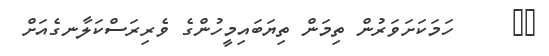
٢٥     ހަމަކަށަވަރުން ތިމަން ތިޔަބައިމީހުންގެ ވެރިރަސްކަލާނގެއަށް